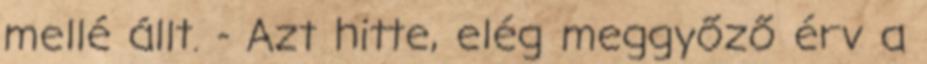
mellé állt. - Azt hitte, elég meggyőző érv a